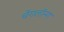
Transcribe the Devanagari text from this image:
चेंगलॉन्ग